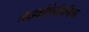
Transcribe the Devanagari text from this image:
लाइकोपेनोडर्मिया